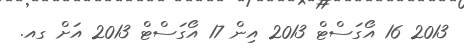
2013 16 އޯގަސްޓް 2013 އިން 17 އޯގަސްޓް 2013 އަށް ގއ.